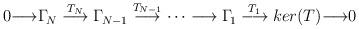
LaTeX: \begin{align*}0{\longrightarrow}\Gamma_{\!N}\stackrel{T_N}{\longrightarrow}\Gamma_{\!N-1}\stackrel{T_{N-1}}{\longrightarrow}\dots\longrightarrow\Gamma_{\!1}\stackrel{T_1}{\longrightarrow}ker(T){\longrightarrow}0 \end{align*}